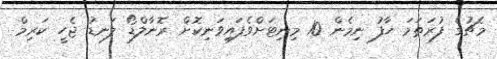
މެޗުގެ ފުރަތަމަ ހާފު ނިމެން 10 މިނިޓަށްވެފައިވަނިކޮށް ރޮނާލްޑޯ ލަނޑު ޖެހީ ކަރިމް